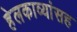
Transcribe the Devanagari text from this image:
हेलकाव्यांसह